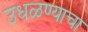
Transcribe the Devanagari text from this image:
उधळण्याचा